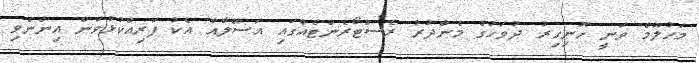
މަހުލޫމް ވަނީ ހޮނިހިރު ދުވަހުގެ މެންދުރު ރެސްޓޯރެންޓެއްގައި އަސޭލާއާ އެކު ފަރިއްކުޅުވަން އިންނެވި